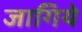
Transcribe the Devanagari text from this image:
जागिये